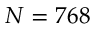
N = 7 6 8